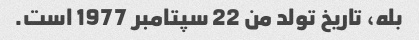
بله، تاریخ تولد من 22 سپتامبر 1977 است.